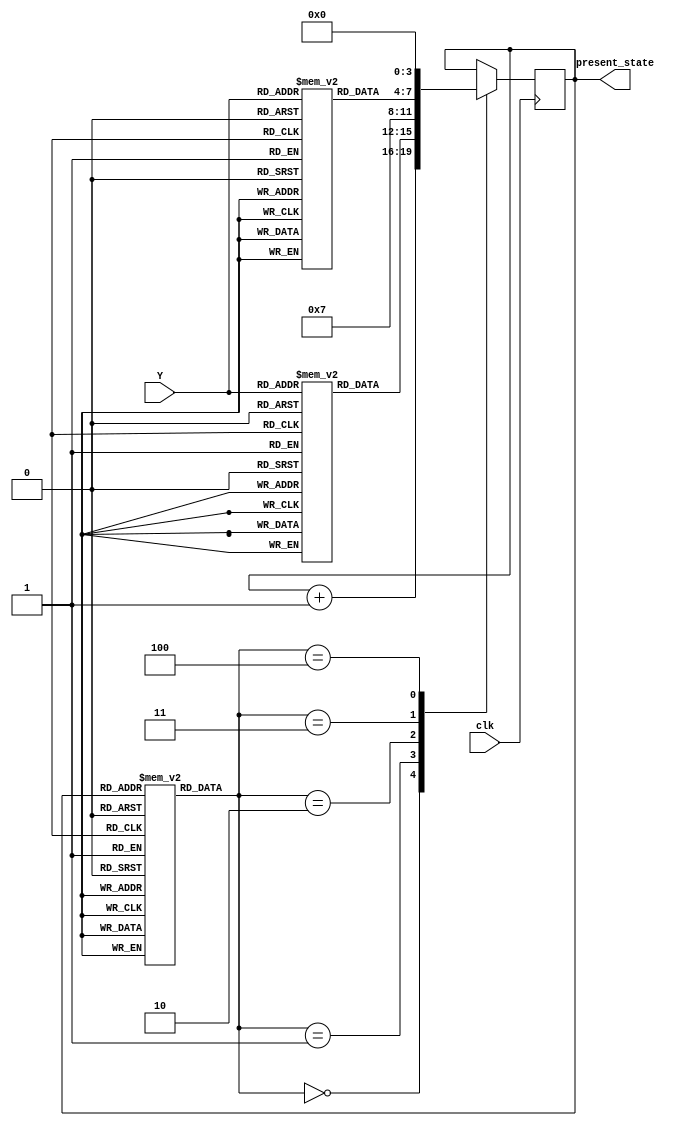
`timescale 1ns / 1ps
//////////////////////////////////////////////////////////////////////////////////
// Company: 
// Engineer: 
// 
// Design Name: 
// Module Name:    comput_next_state 
// Project Name: 
// Target Devices: 
// Tool versions: 
// Description: 
//
// Dependencies: 
//
// Revision: 
// Revision 0.01 - File Created
// Additional Comments: 
//
//////////////////////////////////////////////////////////////////////////////////
module compute_next_state(clk,present_state,Y
    );
	 input clk;output [3:0] present_state;input [1:0] Y;
	 reg [3:0] present_state;
	 reg [2:0] micro_ROM [0:12];
	 reg[3:0]  dispatch_ROM1 [0:3];
	 reg[3:0]  dispatch_ROM2 [0:3];
	 initial begin
	  micro_ROM[0] = 0;
	  micro_ROM[1] = 0;
	  micro_ROM[2] = 0;
	  micro_ROM[3] = 1;
	  micro_ROM[4] = 2;
	  micro_ROM[5] = 2;
	  micro_ROM[6] = 2;
	  micro_ROM[7] = 0;
	  micro_ROM[8] = 0;
	  micro_ROM[9] = 0;
	  micro_ROM[10] = 3;
	  micro_ROM[11] = 4;
	  micro_ROM[12] = 4;
	  dispatch_ROM1[0] = 4;
	  dispatch_ROM1[1] = 5;
	  dispatch_ROM1[2] = 6;
	  dispatch_ROM1[3] = 6;
	  dispatch_ROM2[0] = 11;
	  dispatch_ROM2[1] = 12;
	  dispatch_ROM2[2] = 12;
	  dispatch_ROM2[3] = 12;
	  present_state = 0;
	 end
	 always @(posedge clk) begin
	   case(micro_ROM[present_state])
		  0: begin
		    present_state<=present_state+1;
		  end
		  1: begin
		    present_state<=dispatch_ROM1[Y];
		  end
		  2:begin
		   present_state<=3'b111;
		  end 
		  3:begin
		    present_state<=dispatch_ROM2[Y];
		  end
		  4:begin
		    present_state<=1'b0;
		  end
		
		endcase
	 end

endmodule